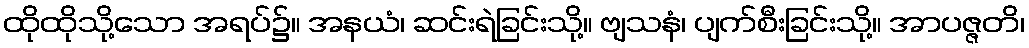
ထိုထိုသို့သော အရပ်၌။ အနယံ၊ ဆင်းရဲခြင်းသို့။ ဗျသနံ၊ ပျက်စီးခြင်းသို့။ အာပဇ္ဇတိ၊